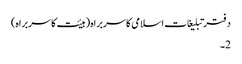
دفتر تبلیغات اسلامی کا سربراہ (ہیئت کا سربراہ)
2۔